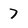
Character: 7